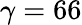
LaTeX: \gamma=66